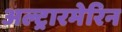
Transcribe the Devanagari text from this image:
अल्ट्रारमेरिन